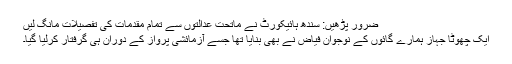
ضرور پڑھیں: سندھ ہائیکورٹ نے ماتحت عدالتوں سے تمام مقدمات کی تفصیلات مانگ لیں
ایک چھوٹا جہاز ہمارے گائوں کے نوجوان فیاض نے بھی بنایا تھا جسے آزمائشی پرواز کے دوران ہی گرفتار کرلیا گیا۔